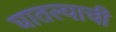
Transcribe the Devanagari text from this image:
घातल्याची